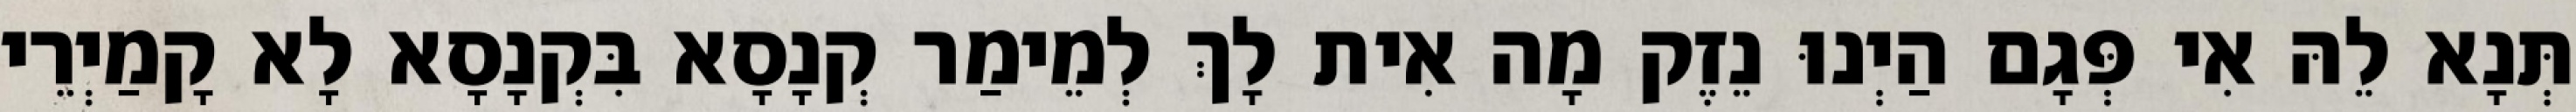
תְּנָא לֵהּ אִי פְּגָם הַיְנוּ נֵזֶק מָה אִית לָךְ לְמֵימַר קְנָסָא בִּקְנָסָא לָא קָמַיְרֵי